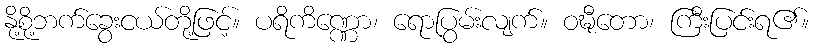
နို့စို့ဘက်ခွေးငယ်တို့ဖြင့်။ ပရိကိဏ္ဏော၊ ရောပြွမ်းလျက်။ ဝဍ္ဎီတော၊ ကြီးပြင်းရ၏။